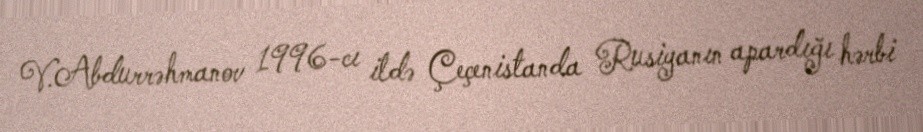
V.Abdurrəhmanov 1996-cı ildə Çeçenistanda Rusiyanın apardığı hərbi